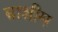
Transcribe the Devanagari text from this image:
बाशीम